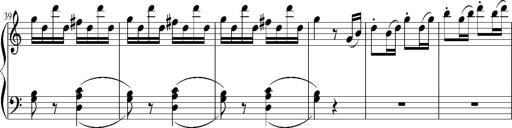
Title: 12 Sonatinas for Piano
Composer: Johann Baptist Vanhal